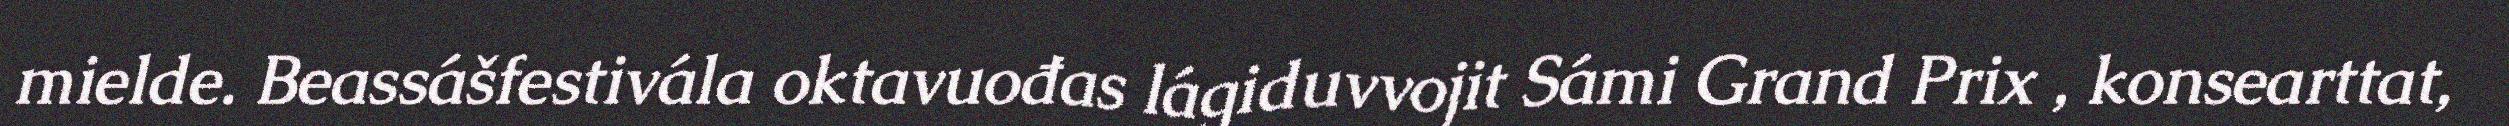
mielde. Beassášfestivála oktavuođas lágiduvvojit Sámi Grand Prix , konsearttat,